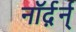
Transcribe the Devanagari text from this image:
नॉर्द़र्न्